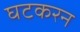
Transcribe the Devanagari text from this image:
घटकरन